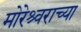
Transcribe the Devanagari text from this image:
मोरेश्र्वराच्या